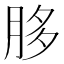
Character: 䏧